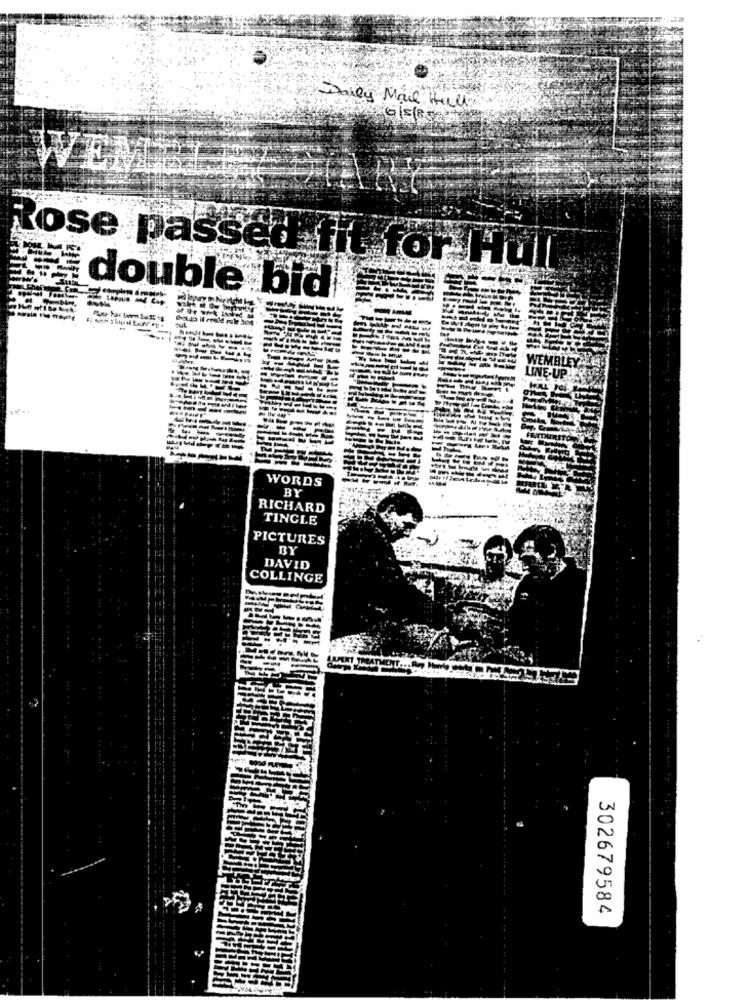
Daily Mail Hill
WEM PE
Rose passed fit for Hull
double bid
-----
NEMBLEY ARE
LINE-UP ET
WORDS
BY
RICHARD
TINGLE
PICTURES
BY
DAVID
COLLINGE
302679584